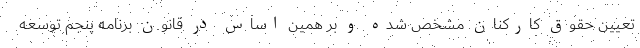
تعیین حقوق کارکنان مشخص شده و بر همین اساس در قانون برنامه پنجم توسعه